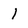
Character: 1